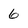
Character: 6